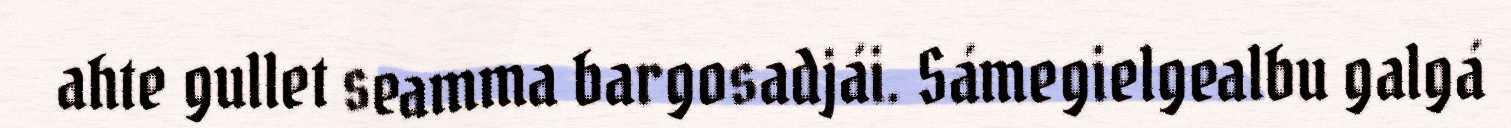
ahte gullet seamma bargosadjái. Sámegielgealbu galgá